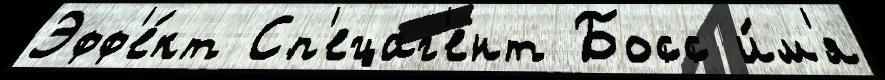
Эфф'е́кт Сп'ецаг'ент Босс и́м'я